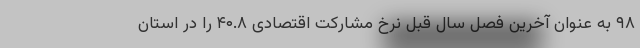
۹۸ به عنوان آخرین فصل سال قبل نرخ مشارکت اقتصادی ۴۰.۸ را در استان